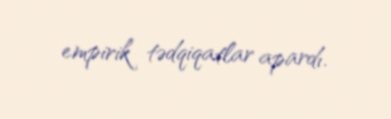
empirik tədqiqatlar apardı.